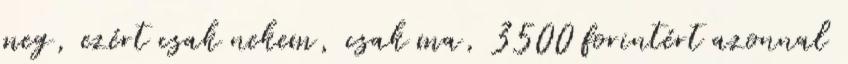
meg, ezért csak nekem, csak ma, 3500 forintért azonnal